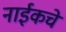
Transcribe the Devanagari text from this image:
नाईकचे